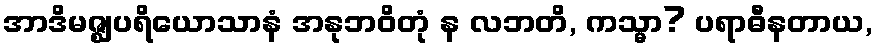
အာဒိမဇ္ဈပရိယောသာနံ အနုဘဝိတုံ န လဘတိ, ကသ္မာ? ပရာဓီနတာယ,